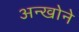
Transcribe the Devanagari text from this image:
अन्खोने